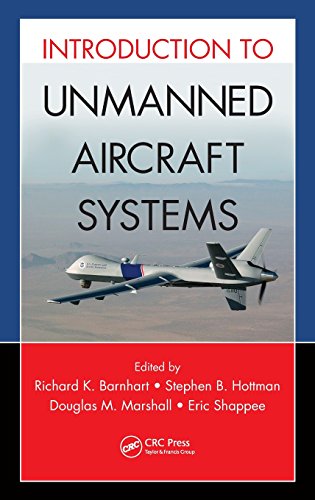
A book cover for Introduction to Unmanned Aircraft Systems; Engineering & Transportation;